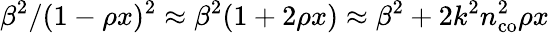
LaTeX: \beta^{2}/(1-\rho x)^{2}\approx\beta^{2}(1+2\rho x)\approx\beta^{2}+2k^{2}n_{\mathrm{co}}^{2}\rho x